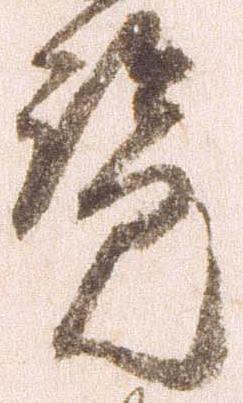
覧